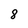
Character: 8